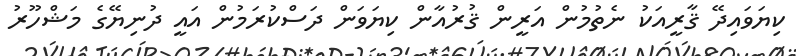
ކިޔަވައިދޭ ޤާރީއަކު ނެތުމުން އަރީން ޤުރުއާން ކިޔަވަން ދަސްކުރަމުން އައީ ދުނިޔޭގެ މަޝްހޫރު